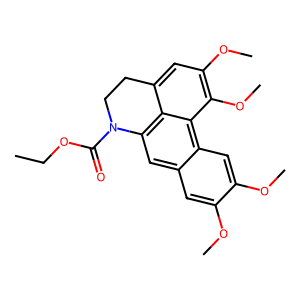
SMILES: CCOC(=O)N1CCc2cc(OC)c(OC)c3c2c1cc1cc(OC)c(OC)cc13
Inhibits HIV replication: No